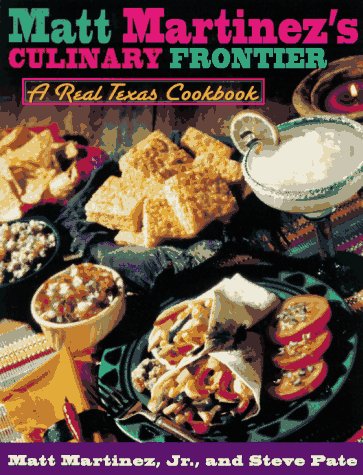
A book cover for Matt Martinez's Culinary Frontier; Matt Martinez; Cookbooks, Food & Wine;